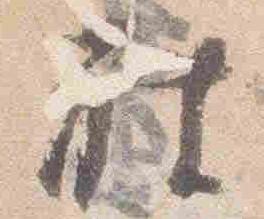
被